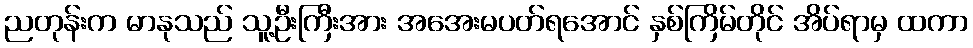
ညတုန်းက မာနုသည် သူ့ဦးကြီးအား အအေးမပတ်ရအောင် နှစ်ကြိမ်တိုင် အိပ်ရာမှ ထကာ